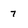
Character: 7